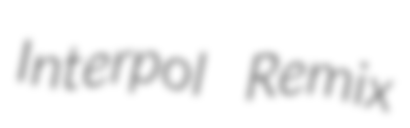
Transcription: Interpol Remix